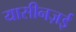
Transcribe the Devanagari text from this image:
यासीनज़ई